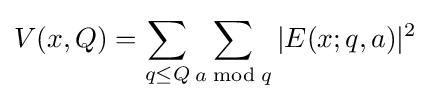
V(x,Q)=\sum _{q\leq Q}\sum _{a{\bmod {q}}}|E(x;q,a)|^{2}\